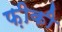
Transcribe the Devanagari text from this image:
फ़ीकी